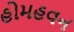
હોમહવન